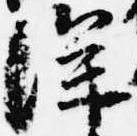
深